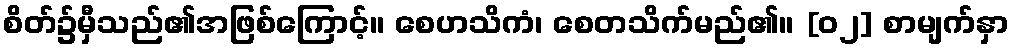
စိတ်၌မှီသည်၏အဖြစ်ကြောင့်။ စေဟသိကံ၊ စေတသိက်မည်၏။ [၀၂] စာမျက်နှာ